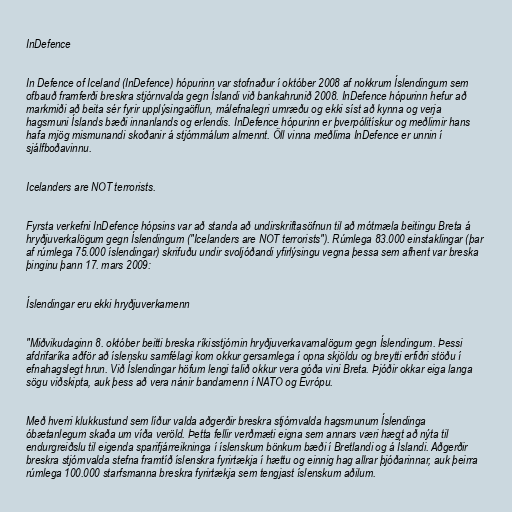
InDefence

In Defence of Iceland (InDefence) hópurinn var stofnaður í október 2008 af nokkrum Íslendingum sem
ofbauð framferði breskra stjórnvalda gegn Íslandi við bankahrunið 2008. InDefence hópurinn hefur að
markmiði að beita sér fyrir upplýsingaöflun, málefnalegri umræðu og ekki síst að kynna og verja
hagsmuni Íslands bæði innanlands og erlendis. InDefence hópurinn er þverpólitískur og meðlimir hans
hafa mjög mismunandi skoðanir á stjórnmálum almennt. Öll vinna meðlima InDefence er unnin í
sjálfboðavinnu.

Icelanders are NOT terrorists.

Fyrsta verkefni InDefence hópsins var að standa að undirskriftasöfnun til að mótmæla beitingu Breta á
hryðjuverkalögum gegn Íslendingum ("Icelanders are NOT terrorists"). Rúmlega 83.000 einstaklingar (þar
af rúmlega 75.000 íslendingar) skrifuðu undir svoljóðandi yfirlýsingu vegna þessa sem afhent var breska
þinginu þann 17. mars 2009:

Íslendingar eru ekki hryðjuverkamenn

"Miðvikudaginn 8. október beitti breska ríkisstjórnin hryðjuverkavarnalögum gegn Íslendingum. Þessi
afdrifaríka aðför að íslensku samfélagi kom okkur gersamlega í opna skjöldu og breytti erfiðri stöðu í
efnahagslegt hrun. Við Íslendingar höfum lengi talið okkur vera góða vini Breta. Þjóðir okkar eiga langa
sögu viðskipta, auk þess að vera nánir bandamenn í NATO og Evrópu.

Með hverri klukkustund sem líður valda aðgerðir breskra stjórnvalda hagsmunum Íslendinga
óbætanlegum skaða um víða veröld. Þetta fellir verðmæti eigna sem annars væri hægt að nýta til
endurgreiðslu til eigenda sparifjárreikninga í íslenskum bönkum bæði í Bretlandi og á Íslandi. Aðgerðir
breskra stjórnvalda stefna framtíð íslenskra fyrirtækja í hættu og einnig hag allrar þjóðarinnar, auk þeirra
rúmlega 100.000 starfsmanna breskra fyrirtækja sem tengjast íslenskum aðilum.